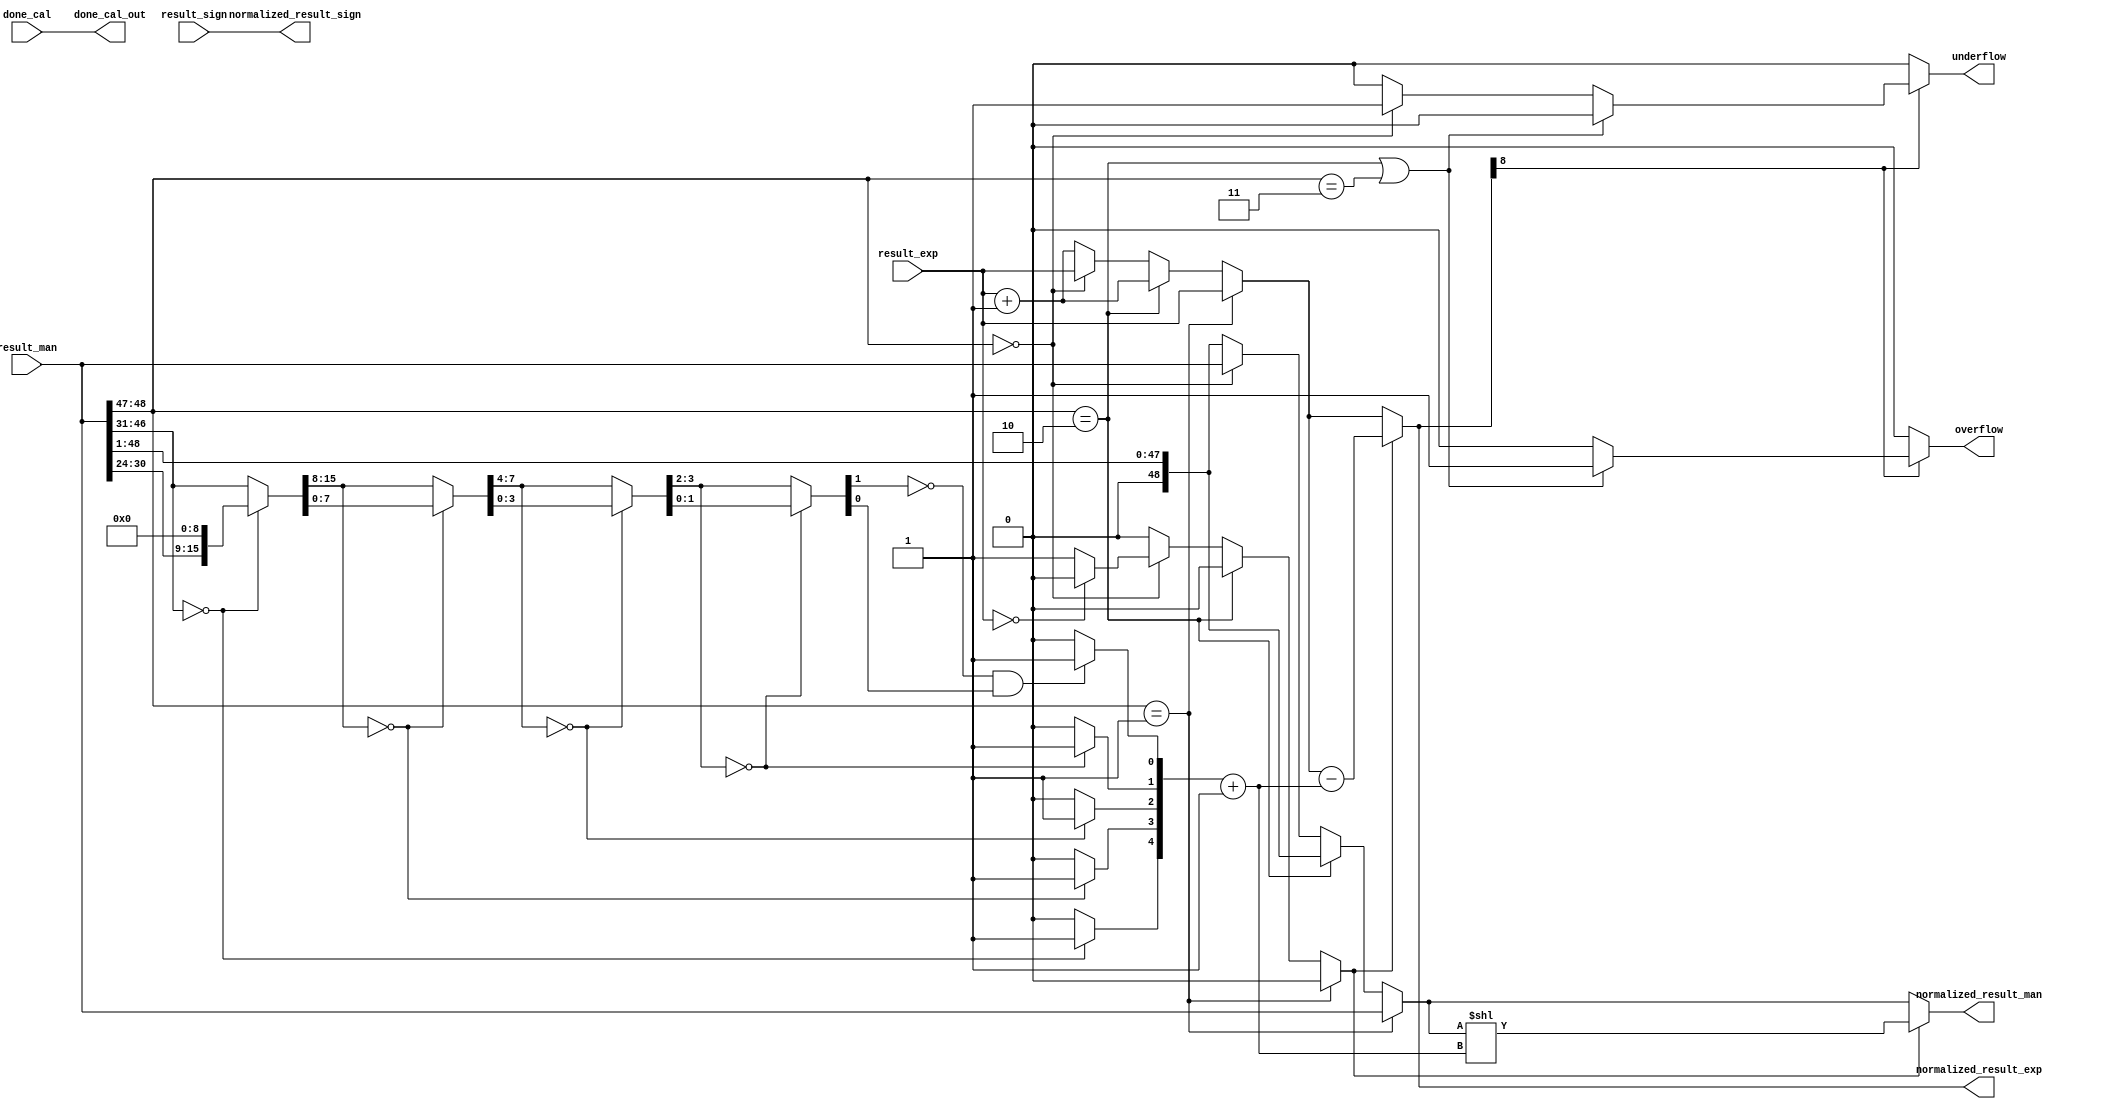
module normalizer_1(
    input  wire         result_sign,
    input  wire  [48:0] result_man,
    input  wire  [8:0]  result_exp,
    input  wire         done_cal,
    output reg          normalized_result_sign,
    output reg   [48:0] normalized_result_man,
    output reg   [8:0]  normalized_result_exp,
    output reg          overflow,
    output reg          underflow,
    output reg          done_cal_out
);
//=======================================================
//  REG/WIRE declarations
//=======================================================
    reg [31:0] extend_32b_man;
    reg [15:0] var_16;
    reg [7:0]  var_8;
    reg [3:0]  var_4;
    reg [1:0]  var_2;
    reg [4:0]  LDZ_count;
    reg [48:0] check_normalization_man;
    reg [8:0]  check_normalization_exp;
    reg [48:0] LDZ_man;
    reg [8:0]  LDZ_exp;
    reg        LDZ_check;
//=======================================================
//  Behavioral coding
//=======================================================

    always@(*) begin
        normalized_result_sign = result_sign;
        done_cal_out           = done_cal;
        if (result_man [48:47] == 2'b01) begin
            check_normalization_man = result_man;
            check_normalization_exp = result_exp;
            LDZ_check = 1'b0;
        end
        else begin
            if (result_man [48:47] == 2'b10) begin
                check_normalization_man = result_man >> 1;
                check_normalization_exp = result_exp + 1'b1;
                LDZ_check = 1'b0;
            end
            else begin 
                if (result_man [48:47] == 2'b00) begin
                    if (result_exp == 9'b0) begin
                        check_normalization_man = result_man;
                        check_normalization_exp = result_exp;
                        LDZ_check = 1'b0;
                    end
                    else begin 
                        check_normalization_man = result_man;
                        check_normalization_exp = result_exp;
                        LDZ_check = 1'b1;
                    end
                end
                else begin
                    check_normalization_man = result_man >> 1;
                    check_normalization_exp = result_exp + 'b1;
                    LDZ_check = 1'b0;
                end
            end
        end
    end

    always@(*) begin
        if (LDZ_check == 1'b0) begin
            normalized_result_man = check_normalization_man;
            normalized_result_exp = check_normalization_exp;
        end
        else begin
            normalized_result_man = LDZ_man; 
            normalized_result_exp = LDZ_exp;
        end
    end

/*==========================LEADING ZEROS COUNTING=============================*/
    always@(*) begin
        extend_32b_man = {result_man[46:24],9'b0};
        if(extend_32b_man[31:16] == 16'b0) begin
            LDZ_count[4] = 1'b1;
            var_16 = extend_32b_man[15:0];
        end
        else begin
            LDZ_count[4] = 1'b0; 
            var_16 = extend_32b_man[31:16];
        end
   
        if(var_16[15:8] == 8'b0) begin
            LDZ_count[3] = 1'b1;
            var_8 = var_16[7:0];
        end
        else begin
            LDZ_count[3] = 1'b0;
            var_8 = var_16[15:8];
        end
    
        if (var_8[7:4] == 4'b0) begin
            LDZ_count[2] = 1'b1;
            var_4 = var_8[3:0];
        end
        else begin
            LDZ_count[2] = 1'b0;
            var_4 = var_8[7:4];
        end
     
        if(var_4[3:2] == 2'b0) begin
            LDZ_count [1] = 1'b1;
            var_2 = var_4[1:0];
        end
        else begin
            LDZ_count [1] = 1'b0;
            var_2 = var_4[3:2];
        end
      

        if (var_2[1] == 1'b0 && var_2[0] == 1'b1) begin
            LDZ_count [0] = 1'b1;
        end
        else begin
            LDZ_count [0] = 1'b0;
        end           
        LDZ_man = check_normalization_man << (LDZ_count + 'b1) ;
        LDZ_exp = check_normalization_exp -  (LDZ_count + 'b1 );
    end


/*=====================CHECK IF OVERFLOW OR UNDERFLOW======================*/
    always@(*) begin 
        if(normalized_result_exp[8]) begin
            if (result_man[48:47] == 2'b10 || result_man[48:47] == 2'b11) begin
                overflow  = 1'b1;
                underflow = 1'b0;
            end
            else begin
                if (result_man[48:47] == 2'b00) begin
                    overflow  = 1'b0; 
                    underflow = 1'b1;
                end
                else begin
                    overflow  = 1'b0;
                    underflow = 1'b0;
                end
            end
        end
        else begin
            overflow  = 1'b0;
            underflow = 1'b0;
        end 
    end
endmodule